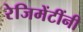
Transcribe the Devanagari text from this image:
रेजिमेंटींनी